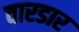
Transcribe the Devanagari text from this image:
वारडार